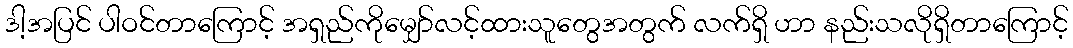
ဒါ့အပြင် ပါဝင်တာကြောင့် အရှည်ကိုမျှော်လင့်ထားသူတွေအတွက် လက်ရှိ ဟာ နည်းသလိုရှိတာကြောင့်